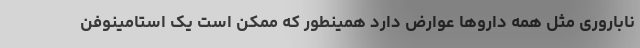
ناباروری مثل همه داروها عوارض دارد همینطور که ممکن است یک استامینوفن